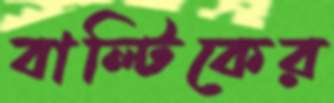
বাল্টিকের